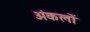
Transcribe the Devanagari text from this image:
अंकलों